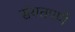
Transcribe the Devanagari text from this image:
संयतपणे